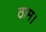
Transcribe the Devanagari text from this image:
ठाम।